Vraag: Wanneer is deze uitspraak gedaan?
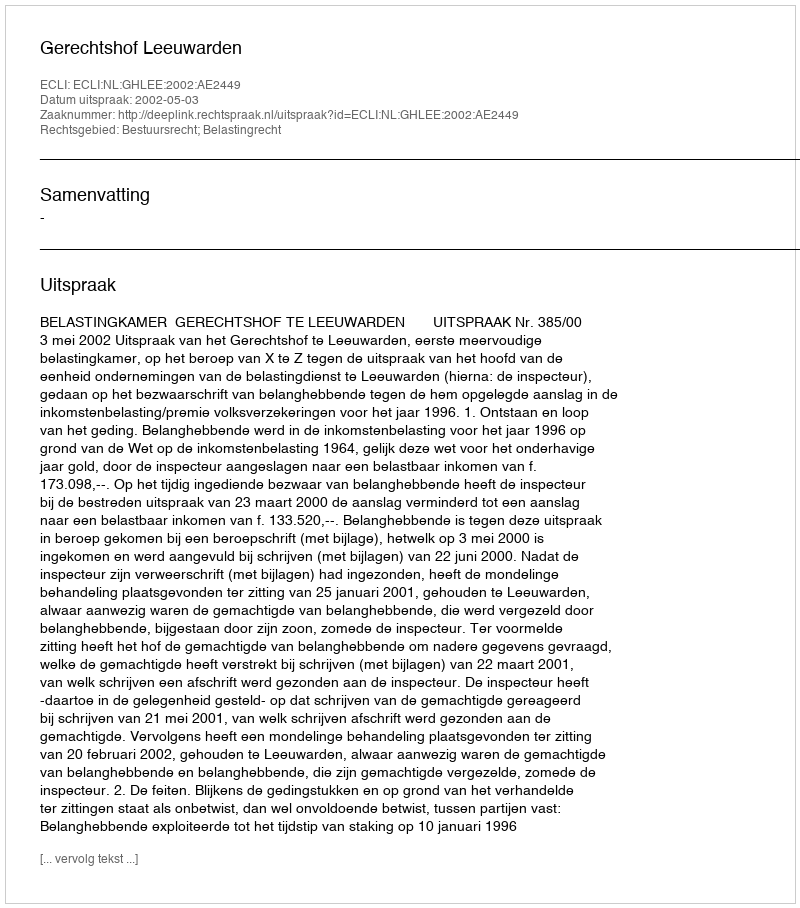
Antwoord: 2002-05-03